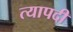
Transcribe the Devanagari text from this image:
त्यापदी